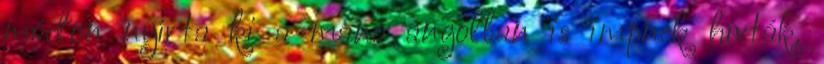
módon nyírta ki a manó angolban is impnek hívták.